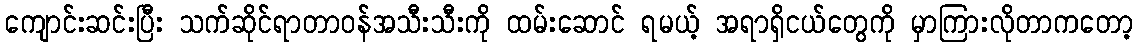
ကျောင်းဆင်းပြီး သက်ဆိုင်ရာတာဝန်အသီးသီးကို ထမ်းဆောင် ရမယ့် အရာရှိငယ်တွေကို မှာကြားလိုတာကတော့